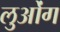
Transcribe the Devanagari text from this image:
लुओंग